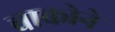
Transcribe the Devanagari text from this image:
चाकोने